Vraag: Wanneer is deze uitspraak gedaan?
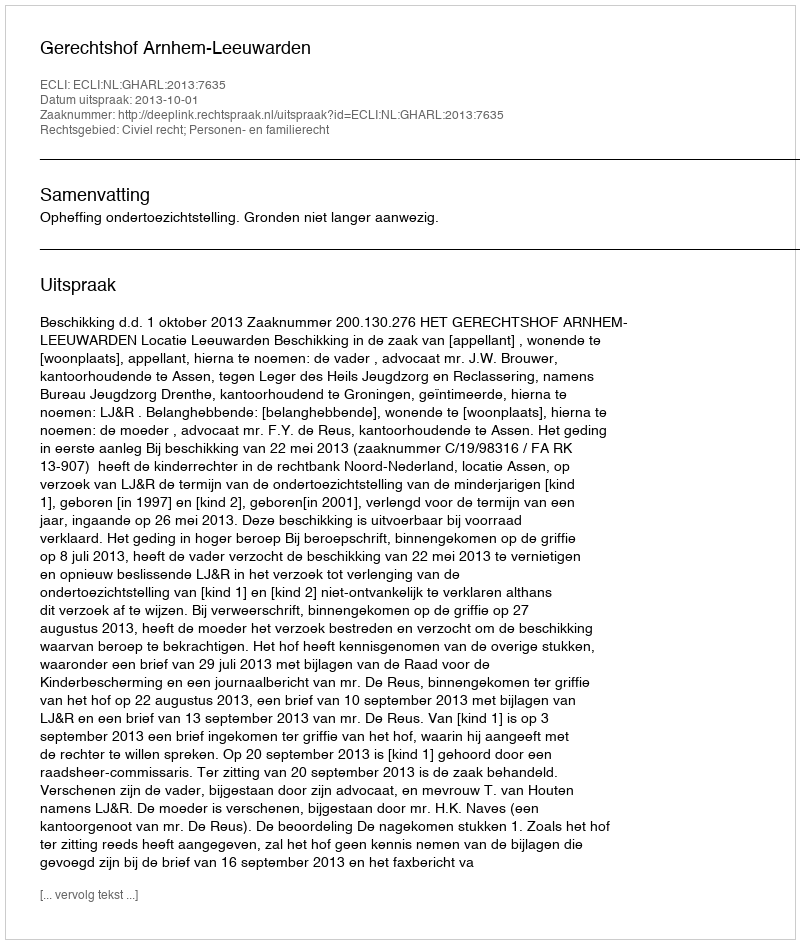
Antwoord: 2013-10-01